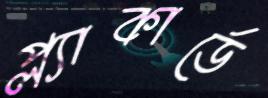
প্ল্যাকার্ডে